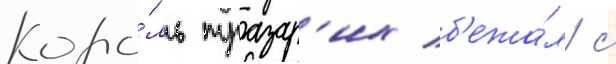
Коро́ль тразар'их б'ежа́л с